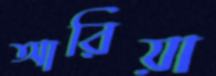
আরিয়া